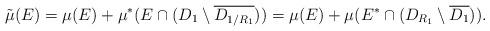
LaTeX: \begin{align*}\tilde{\mu}(E)=\mu(E)+\mu^*(E\cap (D_1\setminus \overline{D_{1/R_1}}))=\mu(E)+\mu(E^*\cap (D_{R_1}\setminus \overline{D_1})).\end{align*}